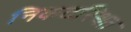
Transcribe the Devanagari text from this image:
निकटस्थित